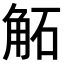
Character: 𧣔